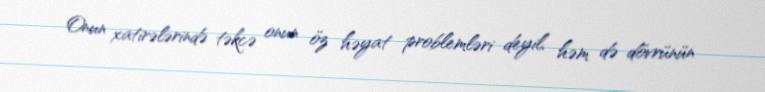
Onun xatirələrində təkcə onun öz həyat problemləri deyil, həm də dövrünün